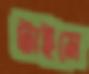
টাইমে